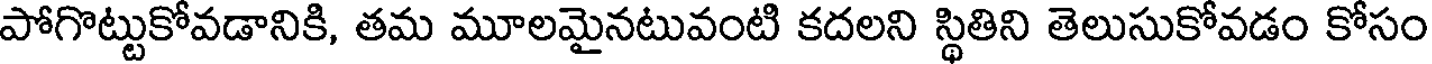
పోగొట్టుకోవడానికి, తమ మూలమైనటువంటి కదలని స్థితిని తెలుసుకోవడం కోసం